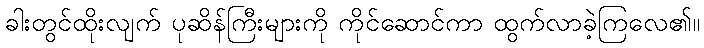
ခါးတွင်ထိုးလျက် ပုဆိန်ကြီးများကို ကိုင်ဆောင်ကာ ထွက်လာခဲ့ကြလေ၏။